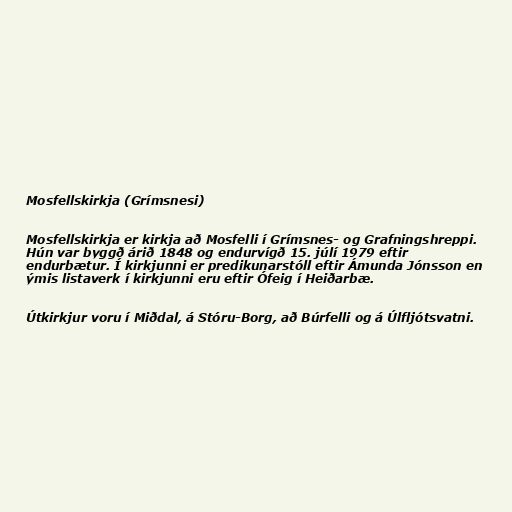
Mosfellskirkja (Grímsnesi)

Mosfellskirkja er kirkja að Mosfelli í Grímsnes- og Grafningshreppi.
Hún var byggð árið 1848 og endurvígð 15. júlí 1979 eftir
endurbætur. Í kirkjunni er predikunarstóll eftir Ámunda Jónsson en
ýmis listaverk í kirkjunni eru eftir Ófeig í Heiðarbæ.

Útkirkjur voru í Miðdal, á Stóru-Borg, að Búrfelli og á Úlfljótsvatni.